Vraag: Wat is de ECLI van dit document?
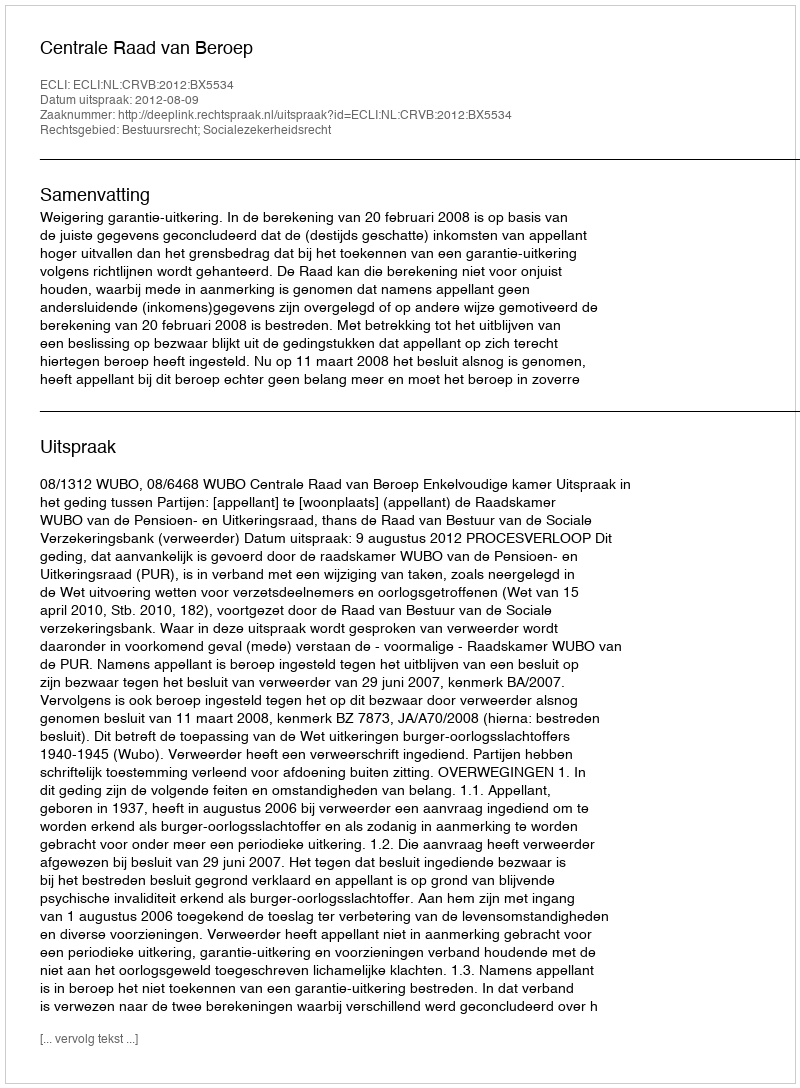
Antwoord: ECLI:NL:CRVB:2012:BX5534